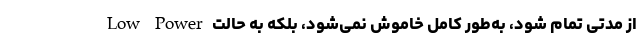
از مدتی تمام شود، به‌طور کامل خاموش نمی‌شود، بلکه به حالت Low Power